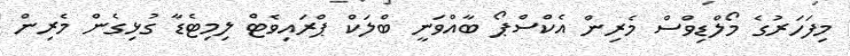
މިފަހަރުގެ މޯލްޑިވްސް މެރިން އެކްސްޕޯ ބާއްވަނީ ބްލަކް ޕްރައިވެޓް ލިމިޓެޑާ ގުޅިގެން މެރިން